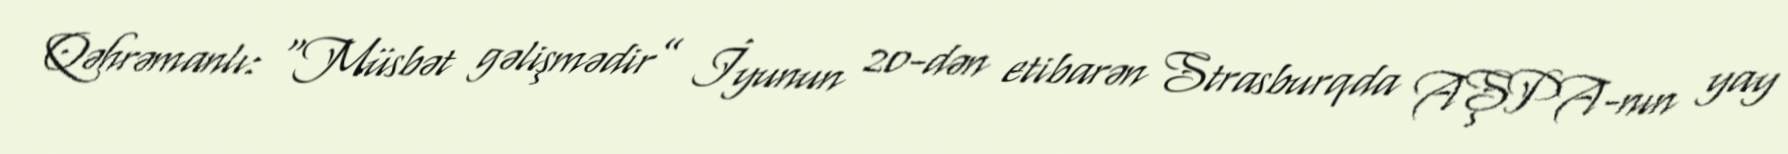
Qəhrəmanlı: “Müsbət gəlişmədir” İyunun 20-dən etibarən Strasburqda AŞPA-nın yay